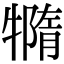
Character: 𤛩